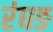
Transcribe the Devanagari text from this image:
रंघङ